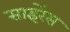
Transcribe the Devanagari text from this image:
साइरेंस